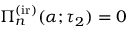
\Pi _ { n } ^ { \mathrm { ( i r ) } } ( \alpha ; \tau _ { 2 } ) = 0